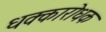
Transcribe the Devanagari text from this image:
धक्कारोधक